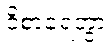
ဝိစာရေတွာ